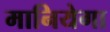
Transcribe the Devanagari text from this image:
मानियेगा